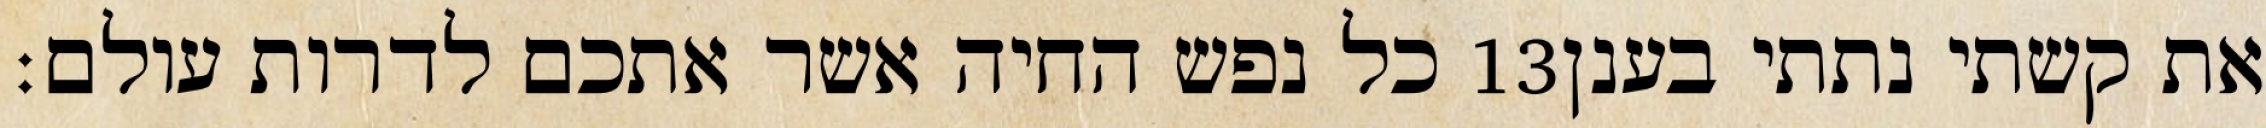
כל נפש החיה אשר אתכם לדרות עולם׃ ‎13‏ את קשתי נתתי בענן